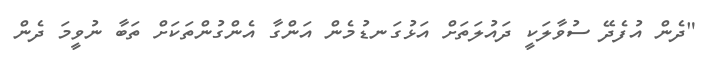
"ދެން އުފެދޭ ސުވާލަކީ ދައުލަތަށް އަޅުގަނޑުމެން އަންގާ އެންގުންތަކަށް ތަބާ ނުވީމަ ދެން